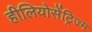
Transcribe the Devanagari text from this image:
हीलियोसेंट्रिज्म